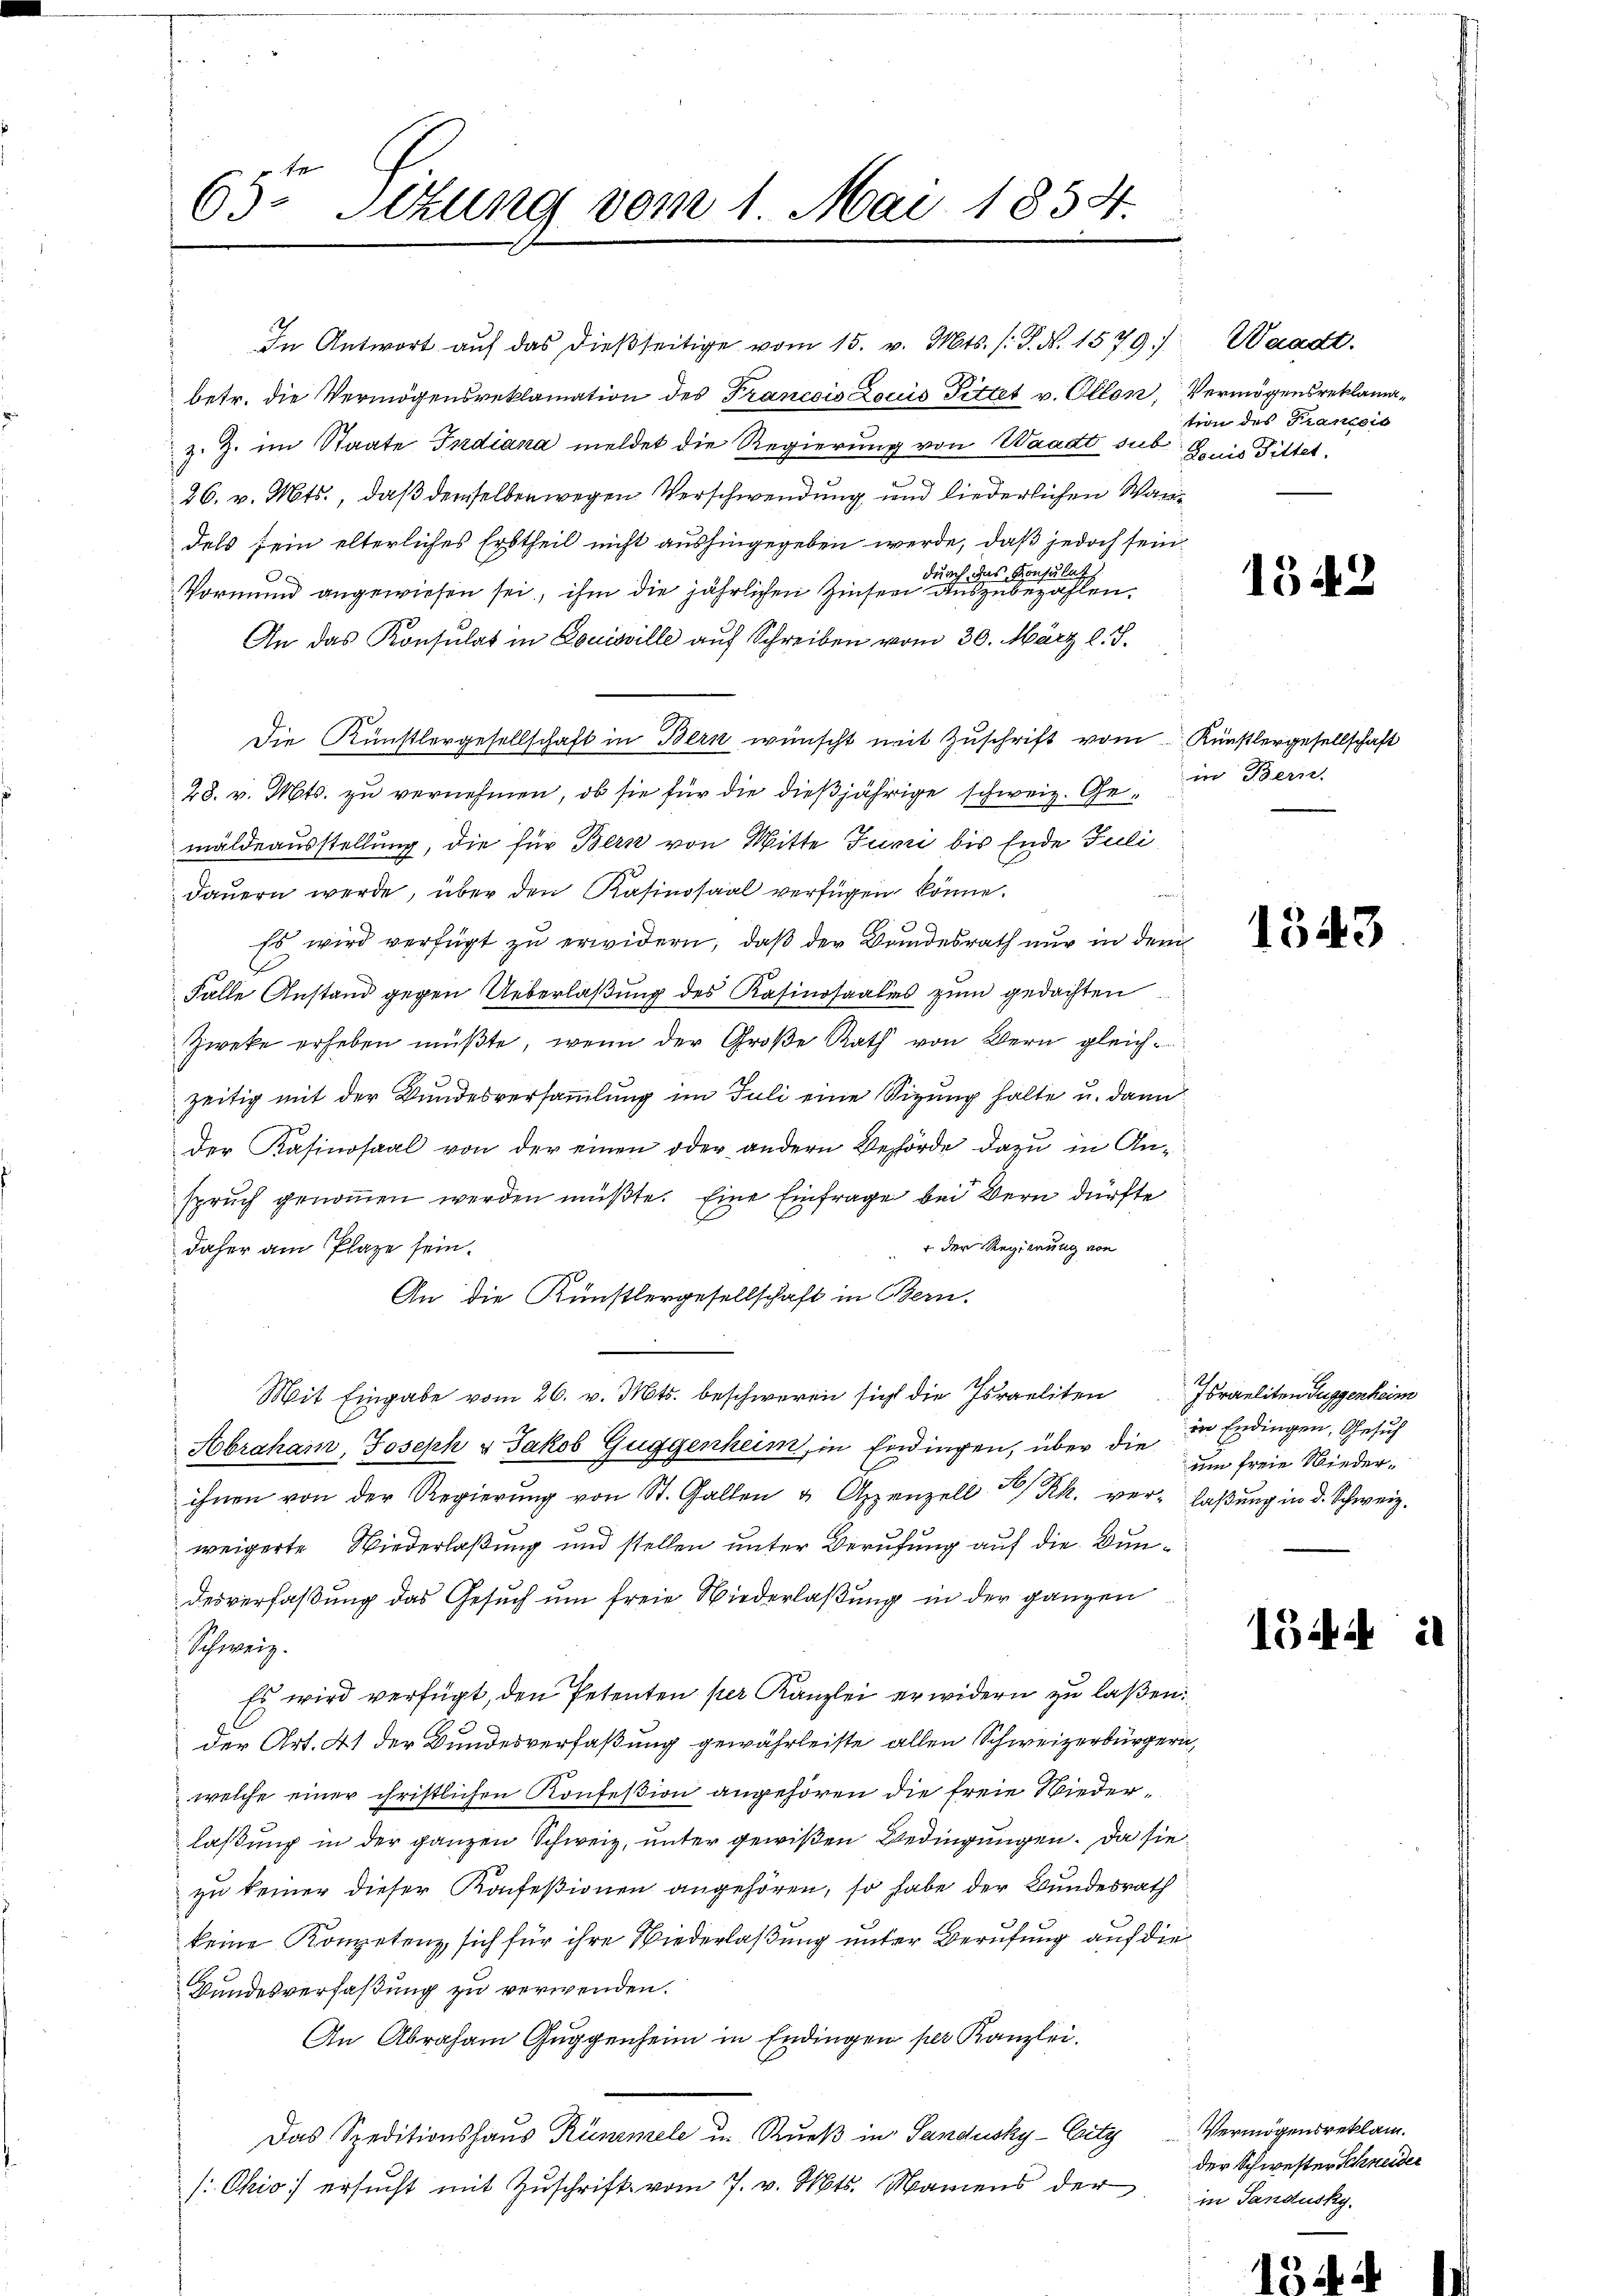
65te Sitzung vom 1. Mai 1854.

In Antwort aŭf das dießseitige vom 15. v. Mts. (: P. Nr. 1579)
betr. die Vermögensreklamation des Francois Lociis Pittet v. Ollon,
z. Z. im Staate Indiana meldet die Regierung von Waadt sub. Denis Pittet.
26. v. Mts., daß demselben wegen Verschwendung und liederlichen Wandels sein elterliches Erbtheil nicht aushingegeben werde, daß jedoch seindas Konsulat
Prim
.
Vormund angewiesen sei, ihm die jährlichen Zinsen auszubezahlen.
An das Konsulat in Louisville auf Schreiben vom 30. März l. J.
Die Künstlergesellschaft in Bern wünscht mit Zuschrift vom Künstlergesellschaft
28. v. Mts. zu vernehmen, ob sie für die dießjährige schweiz. Ge- in Bern.
mäldeausstellung, die für Bern von Mitte Juni bis Ende Juli
dauern werde, über den Kasinosaal verfügen könne.
Es wird verfügt zu erwidern; daß der Bundesrath nur in dem
C
Falle Anstand gegen Ueberlaßung des Kasinosaales zum gedachten
Zweke erheben müßte, wenn der Große Rath von Bern gleichzeitig mit der Bundesversammlung im Juli eine Stizung halte u. dann
der Kasinosaal von der einen oder andern Behörde dazu in Ansprŭch genoṁen werden müßte. Eine Einfrage bei Bern dürfte
+ der Regierung von
daher am Plaze sein.
An die Künstlergesellschaft in Bern.
Mit Eingabe vom 26. v. Mts. beschweren sich die Israeliten Israeliten Guggenheim
Abraham, Joseph v Jakob Guggenheim, in Endingen, über die Die freie Niederihnen von der Regierŭng von St. Gallen u Appenzell a/Rh. ver- laβŭng in d. Schweiz.
weigerte Wiederlaßung und stellen unter Berufung auf die Bundesverfaßung das Gesuch um freie Wiederlaßung in der ganzen
Schweiz.
Es wird verfügt, den Petenten per Kanzlei erwidern zu laßen.
der Art. 41 der Bundesverfaßung gewährleiste allen Schweizerbürgern,
welche einer christlichen Konfeßion angehören die freie Wiederlaßung in der ganzen Schweiz, unter gewißen Bedingungen. Da sie
zu keiner dieser Konfeßionen angehören, so habe der Bundesrath
keine Kompetenz, sich für ihre Niederlaßung unter Berufung auf die
Gundesverfaßung zu verwenden.
An Abraham Guggenheim in Endingen per Kanzlei.
Das Speditionshaus Kümmele u. Rueß in Sandusky-Eity Vermögensreklam
/: Ohio ersucht mit Zuschrift vom 7. v. Mts. Namens der

i

Waadt.
Vermögensreklamation des Francois

1542

1543

in Endingen, Gesuch

15

der Schwester Schneider
in Sandusky.